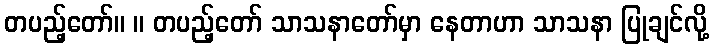
တပည့်တော်။ ။ တပည့်တော် သာသနာတော်မှာ နေတာဟာ သာသနာ ပြုချင်လို့